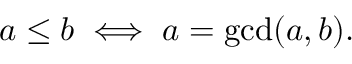
a \leq b \iff a = \operatorname* { g c d } ( a , b ) .